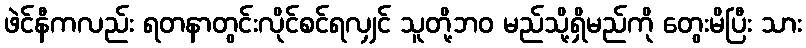
ဖဲင်နီကလည်း ရတနာတွင်းလိုင်စင်ရလျှင် သူတို့ဘဝ မည်သို့ရှိမည်ကို တွေးမိပြီး သား